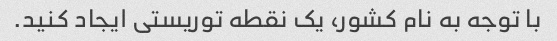
با توجه به نام کشور، یک نقطه توریستی ایجاد کنید.